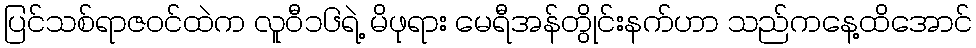
ပြင်သစ်ရာဇဝင်ထဲက လူဝီ၁၆ရဲ့ မိဖုရား မေရီအန်တွိုင်းနက်ဟာ သည်ကနေ့ထိအောင်